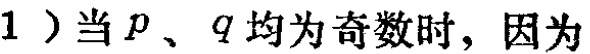
1）当\(p\)、\(q\)均为奇数时，因为